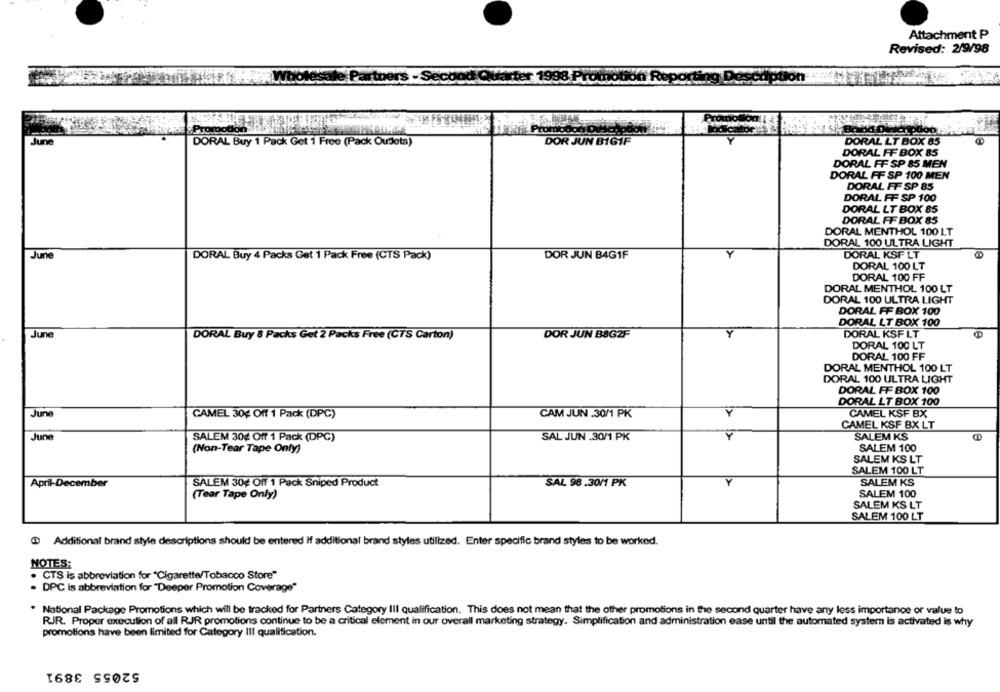
Attachment P
Revised: 2/9/98
Promod
PromoDo
June
DORAL Buy 1 Pack Get 1 Free (Pack Oudets)
DOR JUN BIG1F
DORAL LT BOX 85
DORAL FF BOX 85
DORAL FF SP 85 MEN
DORAL FF SP 100 MEN
DORAL FF SP 85
DORAL FF SP 100
DORAL LT BOX 85
DORAL FF BOX 85
DORAL MENTHOL 100 LT
DORAL 100 ULTRA LIGHT
June
DOR JUN B4G1F
DORAL KSF LT
DORAL Buy 4 Packs Gat 1 Pack Free (CTS Pack)
DORAL 100 LT
DORAL 100 FF
DORAL MENTHOL 100 LT
DORAL 100 ULTRA LIGHT
DORAL FF BOX 100
DORAL LT BOX 100
June
DORAL Buy & Packs Get 2 Packs Free (CTS Carton)
DOR JUN BSGZF
DORAL KSF LT
DORAL 100 LT
DORAL 100 FF
DORAL MENTHOL 100 LT
DORAL 100 ULTRA LIGHT
DORAL FF BOX 100
DORAL LT BOX 100
June
CAMEL 30¢ Off 1 Pack (DPC)
CAM JUN .30/1 PK
CAMEL KSF BX
CAMEL KSF BX LT
June
SALEM KS
SALEM 30% Off 1 Pack (DPC)
SAL JUN .30/1 PK
(Non-Tear Tape Only)
SALEM 100
SALEM KS LT
SALEM 100 LT
April-December
SALEM 30% Off 1 Pack Sniped Product
SAL 98.30/1 PK
SALEM KS
(Tear Tape Only)
SALEM 100
SALEM KS LT
SALEM 100 LT
Additional brand style descriptions should be entered If additional brand styles utilized. Enter specific brand styles to be worked.
NOTES:
· CTS is abbreviation for "Cigarette/Tobacco Store"
. DPC is abbreviation for "Deeper Promotion Coverage"
. National Package Promotions which will be tracked for Partners Category III qualification. This does not mean that the other promotions in the second quarter have any less importance of value to
RJR. Proper execution of all RJR promotions continue to be a critical element in our overall marketing strategy. Simplification and administration ease until the automated system is activated is why
promotions have been limited for Category Ill qualification.
52055 3891